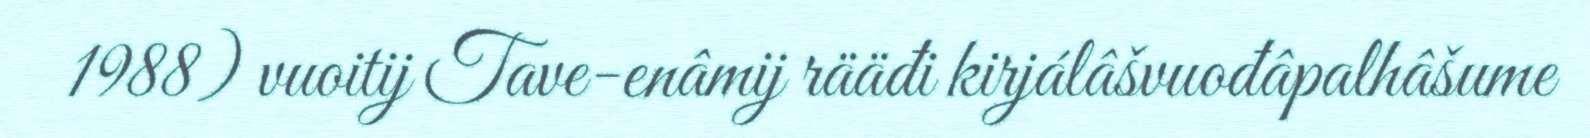
1988) vuoitij Tave-enâmij rääđi kirjálâšvuođâpalhâšume